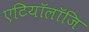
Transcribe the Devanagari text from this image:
एटियॉलॉजि